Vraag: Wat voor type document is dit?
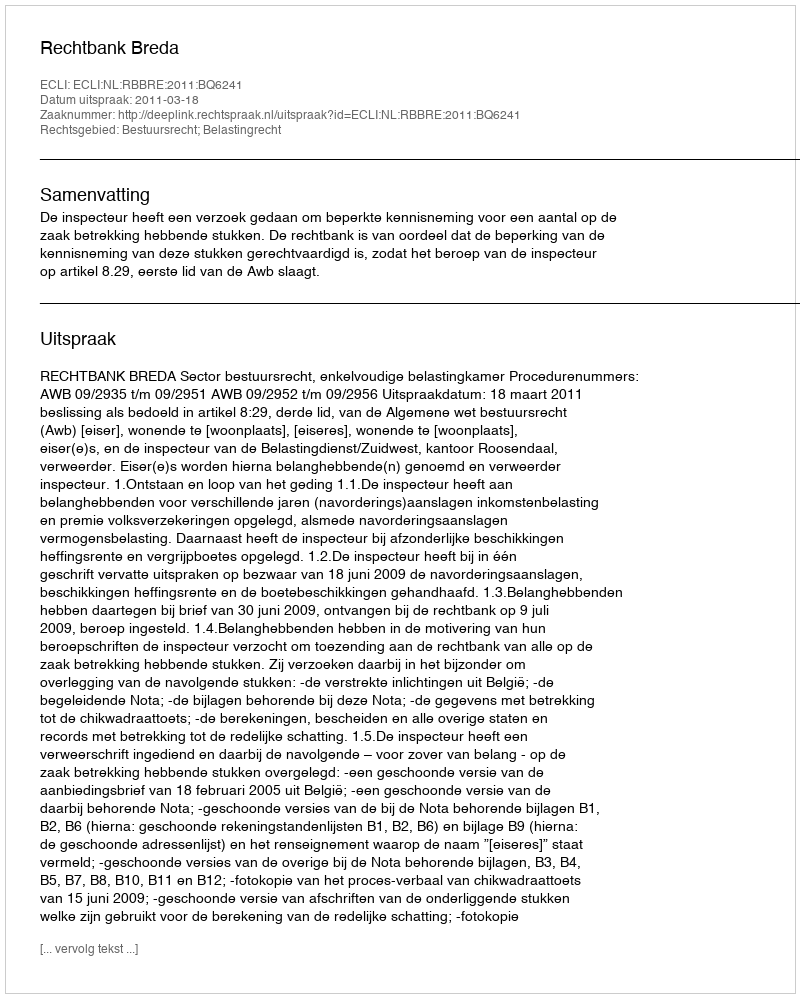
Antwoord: Uitspraak